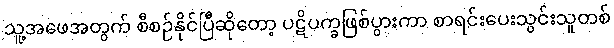
သူ့အဖေအတွက် စီစဉ်နိုင်ပြီဆိုတော့ ပဋိပက္ခဖြစ်ပွားကာ စာရင်းပေးသွင်းသူတစ်